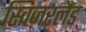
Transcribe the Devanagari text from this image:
स्विज़रलैंड